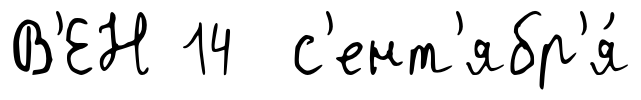
В'ЕН 14 с'ент'ябр'я́